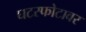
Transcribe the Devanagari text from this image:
घटस्फोटावर